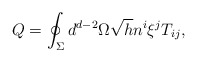
\begin{align*}Q=\oint_{\Sigma }d^{d-2}\Omega \sqrt{h}n^{i}\xi ^{j}T_{ij},\end{align*}